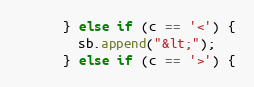
Language: Java
      } else if (c == '<') {
        sb.append("&lt;");
      } else if (c == '>') {